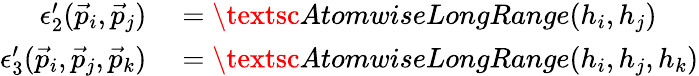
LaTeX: \begin{array}{rl}{\epsilon_{2}^{\prime}(\vec{p}_{i},\vec{p}_{j})}&{{}=\textsc{AtomwiseLongRange}(h_{i},h_{j})}\\ {\epsilon_{3}^{\prime}(\vec{p}_{i},\vec{p}_{j},\vec{p}_{k})}&{{}=\textsc{AtomwiseLongRange}(h_{i},h_{j},h_{k})}\end{array}